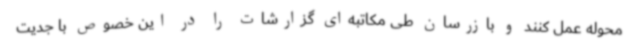
محوله عمل کنند و بازرسان طی مکاتبه‌ای گزارشات را در این خصوص با جدیت